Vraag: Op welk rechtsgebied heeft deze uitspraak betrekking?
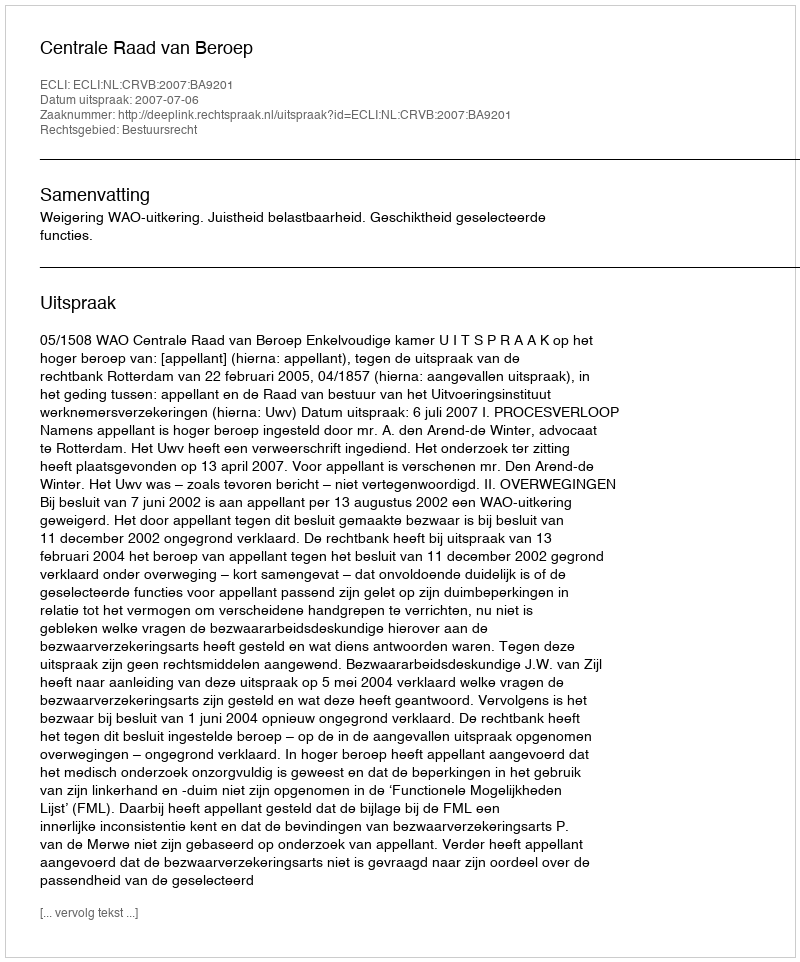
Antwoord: Bestuursrecht